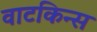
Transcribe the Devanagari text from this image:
वाटकिन्स